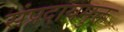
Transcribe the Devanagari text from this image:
संप्रदायमुक्त